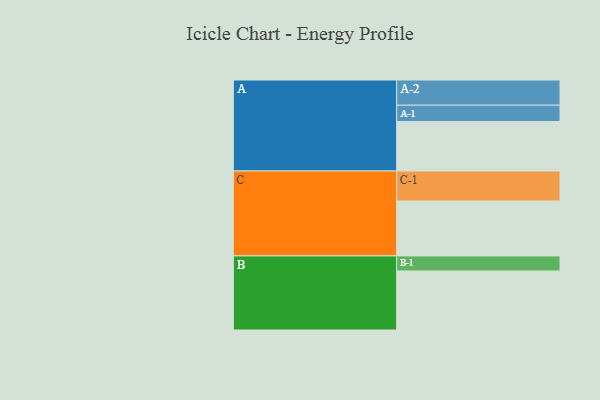
{"axis": {"x": "Segment", "y": "Value"}, "legend": ["", "A", "B", "C"], "data": [{"x": "A", "y": 485, "type": ""}, {"x": "B", "y": 579, "type": ""}, {"x": "C", "y": 539, "type": ""}, {"x": "A-1", "y": 161, "type": "A"}, {"x": "A-2", "y": 247, "type": "A"}, {"x": "B-1", "y": 148, "type": "B"}, {"x": "C-1", "y": 294, "type": "C"}]}